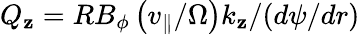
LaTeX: Q_{\mathbf{z}}=RB_{\phi}\left(v_{\| }/\Omega\right)k_{\mathbf{z}}/(d\psi/dr)